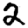
Digit: 2